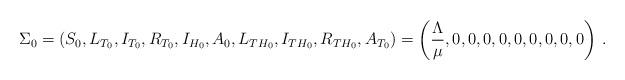
LaTeX: \begin{align*}\Sigma_0 = \left(S_0, L_{T_0}, I_{T_0}, R_{T_0}, I_{H_0}, A_0, L_{TH_0},I_{TH_0}, R_{TH_0}, A_{T_0}\right) = \left(\frac{\Lambda}{\mu},0, 0, 0, 0, 0, 0, 0, 0, 0 \right) \, .\end{align*}